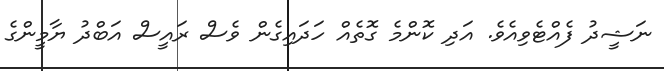
ނަޝީދު ފެއްޓެވިއެވެ. އަދި ކޮންމެ ގޮތެއް ހަދައިގެން ވެސް ރައީސް އަބްދު ޔާމީންގެ